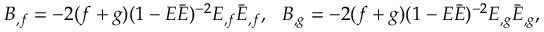
B _ { , f } = - 2 ( f + g ) ( 1 - E \bar { E } ) ^ { - 2 } E _ { , f } \bar { E } _ { , f } , ~ ~ B _ { , g } = - 2 ( f + g ) ( 1 - E \bar { E } ) ^ { - 2 } E _ { , g } \bar { E } _ { , g } ,